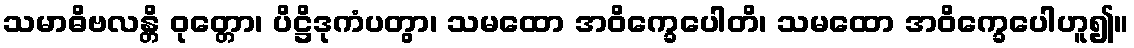
သမာဓိဗလန္တိ ဝုတ္တော၊ ပိဋ္ဌိဒုကံပတွာ၊ သမထော အဝိက္ခေပေါတိ၊ သမထော အဝိက္ခေပေါဟူ၍။